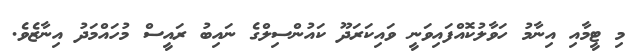
މި ޓީމާއި އިނާމު ހަވާލުކޮއްފައިވަނީ ވައިކަރަދޫ ކައުންސިލްގެ ނައިބު ރައީސް މުހައްމަދު އިނާޒެވެ.